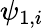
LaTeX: \psi_{1,i}